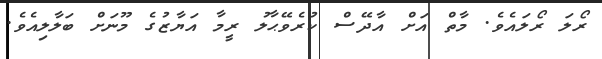
ރޯލަ ރޯލައެވެ. މާތް އަށް އާދޭސް ކުރެވޭޙާލު ރީމާ އަޔާޒުގެ މޫނަށް ބަލާލިއެވެ.